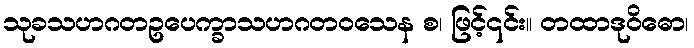
သုခသဟဂတဥပေက္ခာသဟဂတဝသေန စ၊ ဖြင့်၎င်း။ တထာဒုဝိဓော၊